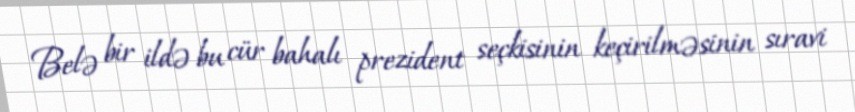
Belə bir ildə bu cür bahalı prezident seçkisinin keçirilməsinin sıravi